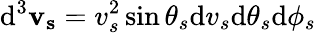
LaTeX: \mathrm{d}^{3}\mathbf{v_{s}}=v_{s}^{2}\sin\theta_{s}\mathrm{d}v_{s}\mathrm{d}\theta_{s}\mathrm{d}\phi_{s}